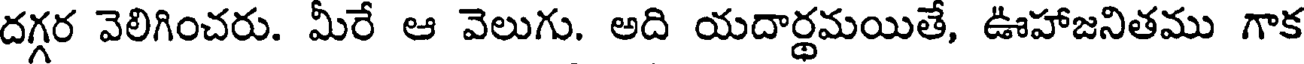
దగ్గర వెలిగించరు. మీరే ఆ వెలుగు. అది యదార్థమయితే, ఊహాజనితము గాక